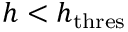
h < h _ { \mathrm { t h r e s } }